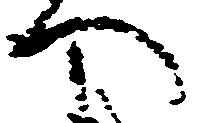
へ